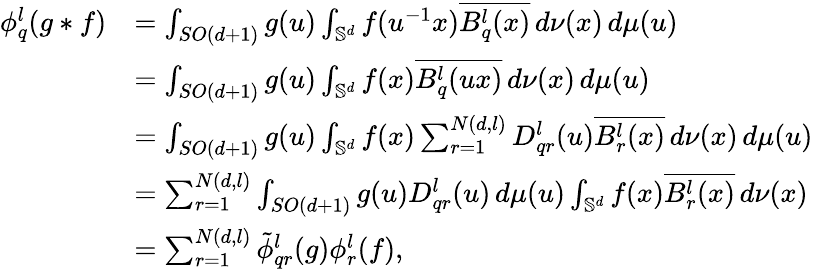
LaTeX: \begin{array}{rl}{\phi_{q}^{l}(g\ast f)}&{=\int_{SO(d+1)}g(u)\int_{\mathbb{S}^{d}}f(u^{-1}x)\overline{{B_{q}^{l}(x)}}\, d\nu(x)\, d\mu(u)}\\ &{=\int_{SO(d+1)}g(u)\int_{\mathbb{S}^{d}}f(x)\overline{{B_{q}^{l}(ux)}}\, d\nu(x)\, d\mu(u)}\\ &{=\int_{SO(d+1)}g(u)\int_{\mathbb{S}^{d}}f(x)\sum_{r=1}^{N(d,l)}D_{qr}^{l}(u)\overline{{B_{r}^{l}(x)}}\, d\nu(x)\, d\mu(u)}\\ &{=\sum_{r=1}^{N(d,l)}\int_{SO(d+1)}g(u)D_{qr}^{l}(u)\, d\mu(u)\int_{\mathbb{S}^{d}}f(x)\overline{{B_{r}^{l}(x)}}\, d\nu(x)}\\ &{=\sum_{r=1}^{N(d,l)}\tilde{\phi}_{qr}^{l}(g)\phi_{r}^{l}(f),}\end{array}